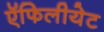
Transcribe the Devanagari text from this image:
ऍफिलीयेट